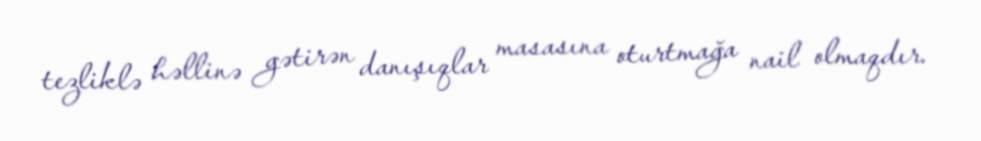
tezliklə həllinə gətirən danışıqlar masasına oturtmağa nail olmaqdır.